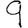
Digit: 9